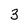
Character: 3